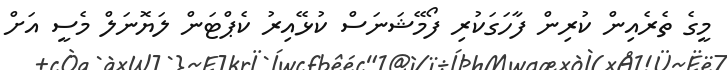
މީގެ ތެރެއިން ކުރިން ފާހަގަކުރި ފޯމޭޝަނަސް ކުޅޭއިރު ކެޕްޓަން ލަޔޮނަލް މެސީ އަށް